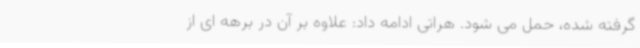
گرفته شده، حمل می شود. هراتی ادامه داد: علاوه بر آن در برهه ای از